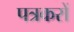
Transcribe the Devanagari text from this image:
पत्रकरों